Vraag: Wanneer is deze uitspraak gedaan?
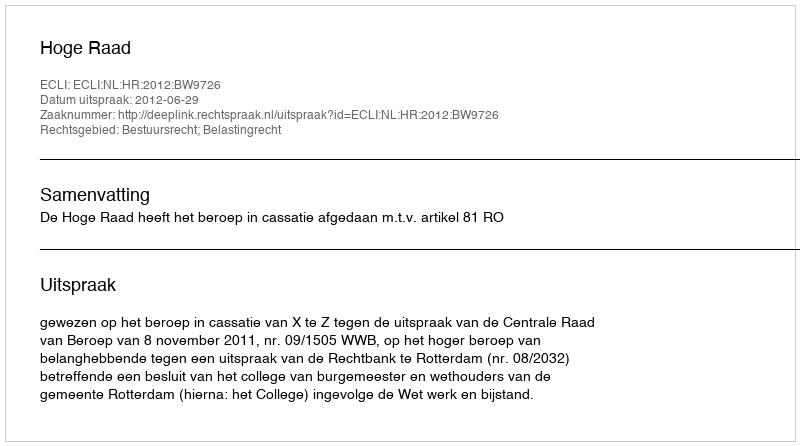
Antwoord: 2012-06-29